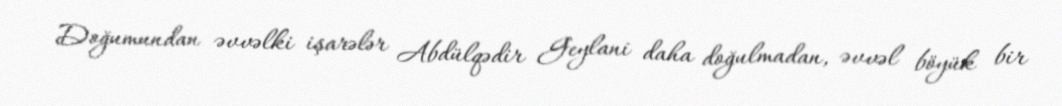
Doğumundan əvvəlki işarələr Abdülqədir Geylani daha doğulmadan, əvvəl böyük bir